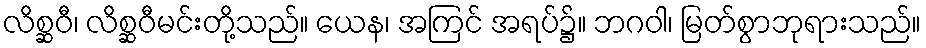
လိစ္ဆဝီ၊ လိစ္ဆဝီမင်းတို့သည်။ ယေန၊ အကြင် အရပ်၌။ ဘဂဝါ၊ မြတ်စွာဘုရားသည်။